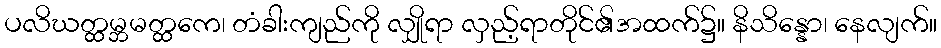
ပလိဃတ္ထမ္ဘမတ္ထကေ၊ တံခါးကျည်ကို လျှိုရာ လှည့်ရာတိုင်၏အထက်၌။ နိသိန္နော၊ နေလျက်။